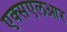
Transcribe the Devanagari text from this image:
एक्सएलआर